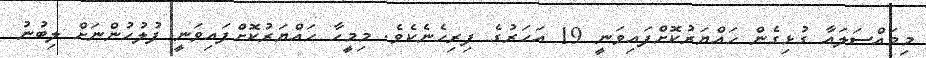
މިމައްސަލައާ ގުޅިގެން ހައްޔަރުކޮށްފައިވަނީ 19 އަހަރުގެ ފިރިހެނެކެވެ. މިމީހާ ހައްޔަރުކޮށްފައިވަނީ ފުލުހުންނަށް ލިބުނު